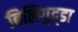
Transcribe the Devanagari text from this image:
बिलिगुद्डा